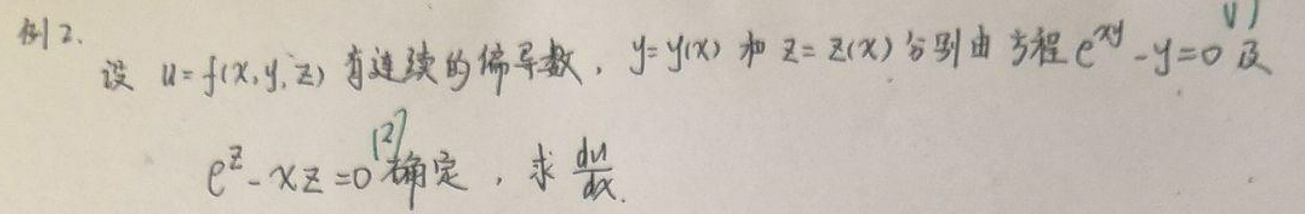
例2. 设 \(u = f(x,y,z)\) 有连续的偏导数，\(y = y(x)\) 和 \(z = z(x)\) 分别由方程 \(e^{xy}-y = 0\) 及 \(e^{z}-xz = 0\) 确定，求 \(\frac{du}{dx}\)。